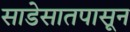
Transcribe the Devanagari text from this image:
साडेसातपासून